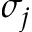
\sigma _ { j }